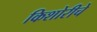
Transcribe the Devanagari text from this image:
किशोरीचे